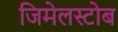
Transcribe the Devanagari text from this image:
जिमेलस्टोब